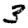
Digit: 3